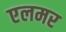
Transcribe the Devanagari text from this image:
एलमर